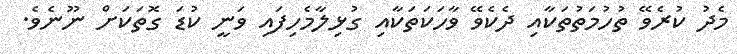
މެދު ކުރެވޭ ތުހުމަތުތަކާއި ދެކެވޭ ވާހަކަތަކާއި ގުޅިލާމެހިފައި ވަނީ ކުޑަ ގޮތަކަށް ނޫނެވެ.